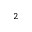
^ 2